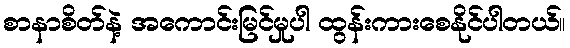
စာနာစိတ်နဲ့ အကောင်းမြင်မှုပါ ထွန်းကားစေနိုင်ပါတယ်။